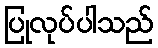
ပြုလုပ်ပါသည်